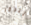
أتتذكر